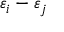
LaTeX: \varepsilon _ { i } - \varepsilon _ { j }